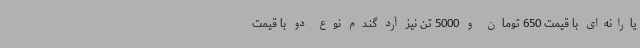
یارانه‌ای با قیمت 650 تومان و 5000 تن نیز آرد گندم نوع دو با قیمت